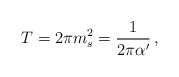
\begin{align*}T = 2\pi m_s^2 = \frac{1}{2\pi\alpha'} \, ,\end{align*}